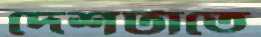
দেশটাতে